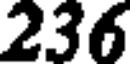
236